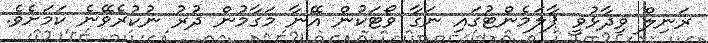
ރަނިލް ވިދާޅުވީ ޕާލަމެންޓުގައި ނަގާ ވޯޓަކުން އޭނާ މަގާމުން ދުރު ނުކުރެވޭނެ ކަމަށެވެ.